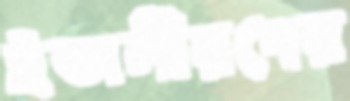
ইতালীয়দের